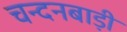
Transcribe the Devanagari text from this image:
चन्दनबाड़ी